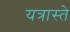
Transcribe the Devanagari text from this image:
यत्रास्ते